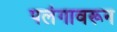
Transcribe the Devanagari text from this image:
पलंगावरून